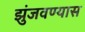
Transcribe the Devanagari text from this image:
झुंजवण्यास